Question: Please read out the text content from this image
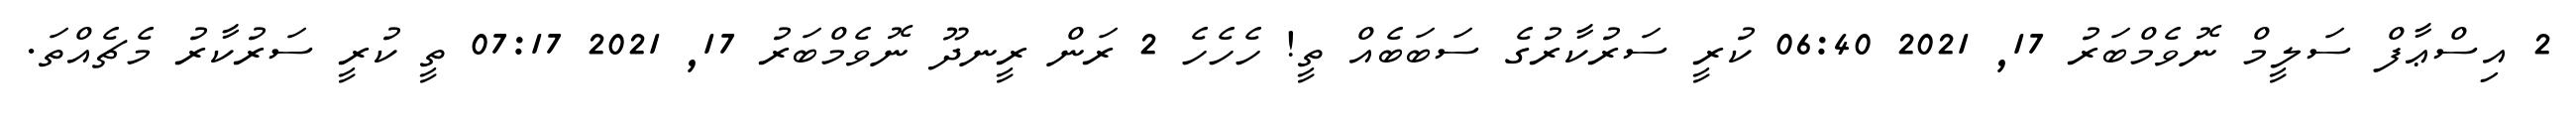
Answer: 2 އިސްޢާފް ސަލީމް ނޮވެމްބަރު 17, 2021 06:40 ކުރީ ސަރުކާރުގެ ސަބަބެއް ތީ! ހެހެހެ 2 ރަން ރީނދޫ ނޮވެމްބަރު 17, 2021 07:17 ތީ ކުރީ ސަރުކާރު މެޗެއްތަ.